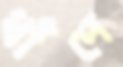
ধাঁদে